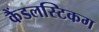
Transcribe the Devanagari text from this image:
कैंडलस्टिकग